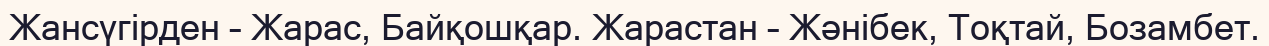
Жансүгірден – Жарас, Байқошқар. Жарастан – Жәнібек, Тоқтай, Бозамбет.